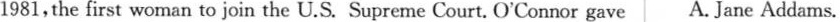
1981,the first woman to join the U.S. Supreme Court. O'Connor gave A. Jane Addams.